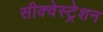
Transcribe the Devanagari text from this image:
सीक्वेस्ट्रेशन